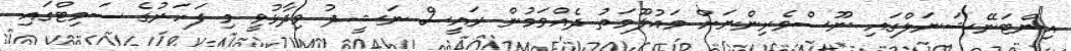
އިންޓަނޭޝަނަލްގައި ނޫސްވެރިންނަށް މައުލޫމަތު ދެއްވަމުން ރައީސް ނަޝީދު ވިދާޅުވީ މި ފަހަރުގެ ސަމިޓްގައި